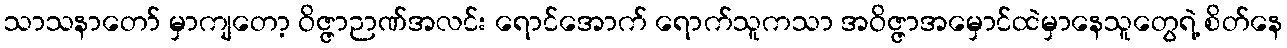
သာသနာတော် မှာကျတော့ ဝိဇ္ဇာဉာဏ်အလင်း ရောင်အောက် ရောက်သူကသာ အဝိဇ္ဇာအမှောင်ထဲမှာနေသူတွေရဲ့ စိတ်နေ